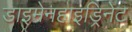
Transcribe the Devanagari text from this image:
डाइमेनहाइड्रिनेट